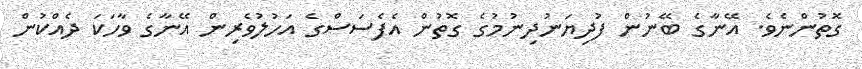
ގޮތުންނެވެ. އޭނާގެ ބޭނުން ފުދިޔަނުދިނުމުގެ ގޮތުން އެފެސަސްގެ އަހުލުވެރިން އޭނާގެ ވާހަކަ ދެއްކުން